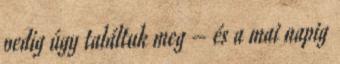
pedig úgy találtuk meg – és a mai napig